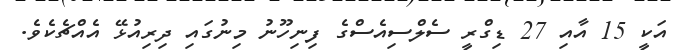
އަކީ 15 އާއި 27 ޑިގްރީ ސެލްސިއެސްގެ ފިނިހޫނު މިނުގައި ދިރިއުޅޭ އެއްޗެކެވެ.